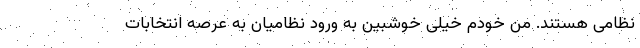
نظامی هستند. من خودم خیلی خوشبین به ورود نظامیان به عرصه انتخابات